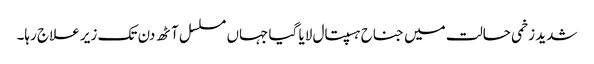
شدید زخمی حالت میں جناح ہسپتال لایا گیا جہاں مسلسل آٹھ دن تک زیر علاج رہا۔